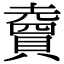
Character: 𧷏